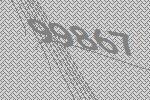
99867